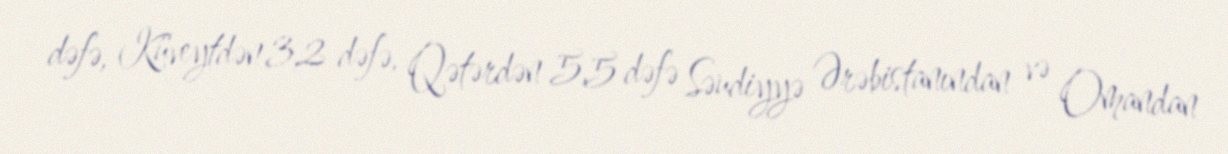
dəfə, Küveytdən 3,2 dəfə, Qətərdən 5,5 dəfə Səudiyyə Ərəbistanından və Omandan